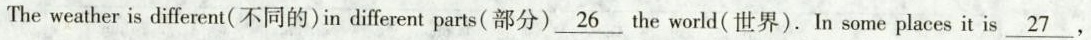
The weather is different(不同的)in different parts(部分) \underline{26} the world(世界). In some places it is \underline{27} .